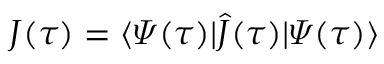
J ( \tau ) = \langle \varPsi ( \tau ) \vert \hat { J } ( \tau ) \vert \varPsi ( \tau ) \rangle